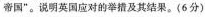
帝国”。说明英国应对的举措及其结果。(6分)